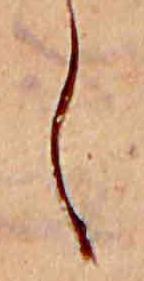
し